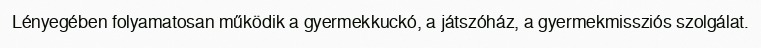
Lényegében folyamatosan működik a gyermekkuckó, a játszóház, a gyermekmissziós szolgálat.